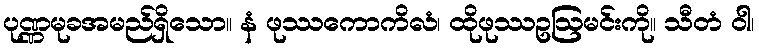
ပုဏ္ဏမုခအမည်ရှိသော။ နံ ဖုဿကောကိလံ၊ ထိုဖုဿဥဩမင်းကို။ သီတံ ဝါ၊